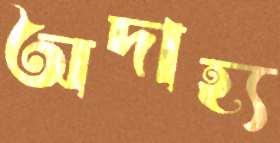
অদাহ্য